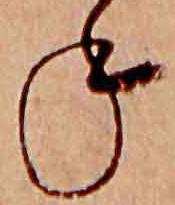
ね